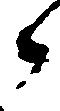
候